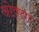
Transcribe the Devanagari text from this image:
ओवता